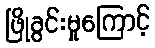
ဖြိုခွင်းမှုကြောင့်